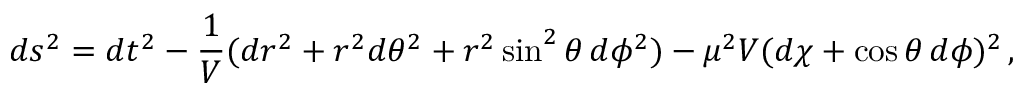
d s ^ { 2 } = d t ^ { 2 } - \frac { 1 } { V } ( d r ^ { 2 } + r ^ { 2 } d \theta ^ { 2 } + r ^ { 2 } \sin ^ { 2 } \theta \, d \phi ^ { 2 } ) - \mu ^ { 2 } V ( d \chi + \cos \theta \, d \phi ) ^ { 2 } \, ,